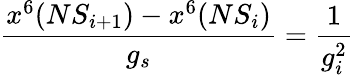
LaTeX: \frac{x^{6}(NS_{i+1})-x^{6}(NS_{i})}{g_{s}}=\frac{1}{g_{i}^{2}}